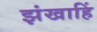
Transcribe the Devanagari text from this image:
झंखाहिं